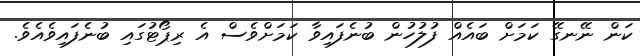
ކަން ނޭނގޭ ކަމަށް ބައެއް ފުލުހުން ބުނެފައިވާ ކަމަށްވެސް އެ ރިޕޯޓުގައި ބުނެފައިވެއެވެ.